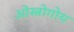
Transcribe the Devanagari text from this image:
ओस्त्रोगोथ